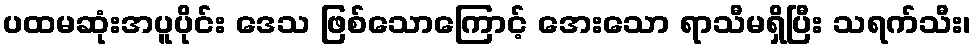
ပထမဆုံးအပူပိုင်း ဒေသ ဖြစ်သောကြောင့် အေးသော ရာသီမရှိပြီး သရက်သီး၊